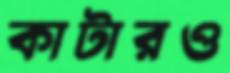
কাটারও